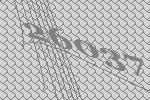
26037